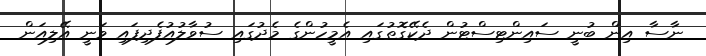
ނާސާ އިން ބުނީ ސައިންޓިސްޓުން ދެކޭގޮތުގައި އެމީހުންގެ މެދުގައި ސުވާލުއުފެދިފައި ވަނީ އޭލިއަން